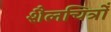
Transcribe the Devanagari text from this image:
शैलचित्रोँ